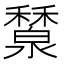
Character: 𥣤